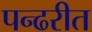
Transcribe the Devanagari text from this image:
पन्ढरीत